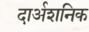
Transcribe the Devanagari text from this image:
दार्अशनिक